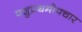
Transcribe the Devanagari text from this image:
पशुप्रथमोपचार